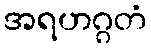
အရဟဂ္ဂတံ